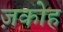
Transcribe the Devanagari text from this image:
ज़कोह